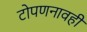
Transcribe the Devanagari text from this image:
टोपणनावही